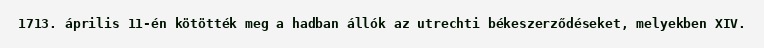
1713. április 11-én kötötték meg a hadban állók az utrechti békeszerződéseket, melyekben XIV.